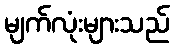
မျက်လုံးများသည်